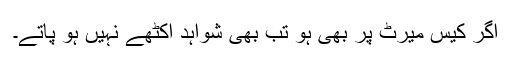
اگر کیس میرٹ پر بھی ہو تب بھی شواہد اکٹھے نہیں ہو پاتے۔